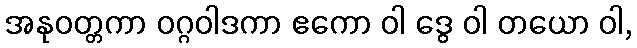
အနုဝတ္တကာ ဝဂ္ဂဝါဒကာ ဧကော ဝါ ဒွေ ဝါ တယော ဝါ,